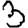
Digit: 3